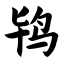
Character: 鸨